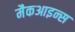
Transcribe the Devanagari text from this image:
मैकआइन्स